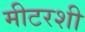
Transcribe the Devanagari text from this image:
मीटरशी